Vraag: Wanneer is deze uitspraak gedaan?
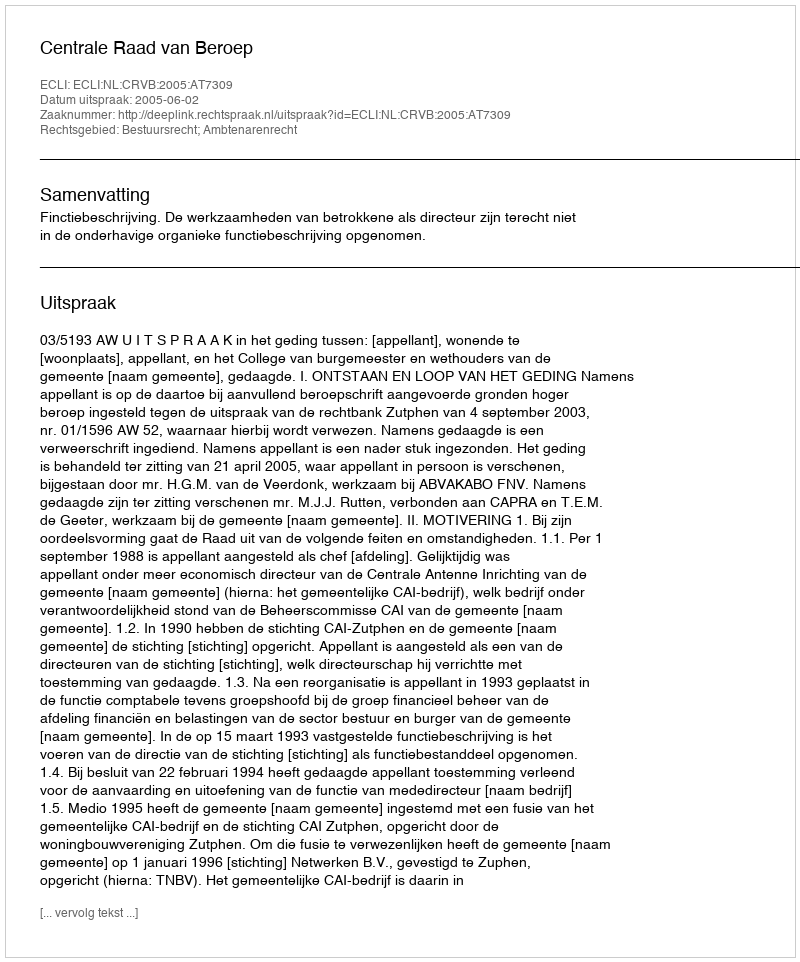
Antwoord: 2005-06-02